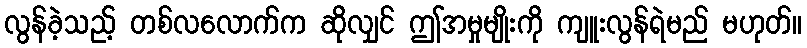
လွန်ခဲ့သည့် တစ်လလောက်က ဆိုလျှင် ဤအမှုမျိုးကို ကျူးလွန်ရဲမည် မဟုတ်။